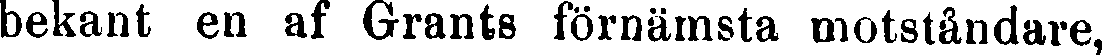
bekant en af Grants förnämsta motståndare,